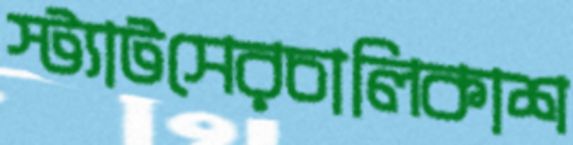
স্ট্যাটসেরচালিকাশ